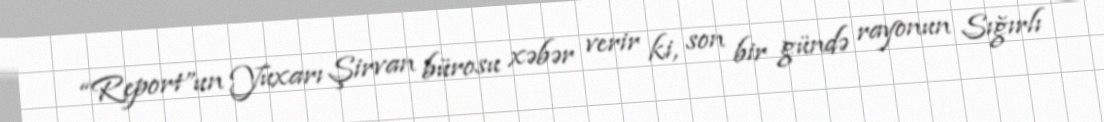
“Report”un Yuxarı Şirvan bürosu xəbər verir ki, son bir gündə rayonun Sığırlı